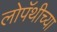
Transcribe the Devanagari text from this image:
लोपॅथीच्या